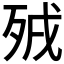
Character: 𣧵